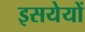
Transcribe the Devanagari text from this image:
इसयेयों